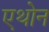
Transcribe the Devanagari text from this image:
एथोन